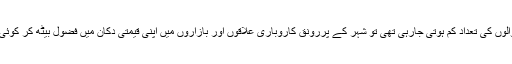
ظاہر ہے جب پان کھانے والوں کی تعداد کم ہوتی جارہی تھی تو شہر کے پُررونق کاروباری علاقوں اور بازاروں میں اپنی قیمتی دکان میں فضول بیٹھ کر کوئی کیوں اپنا وقت ضائع کرتا!